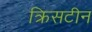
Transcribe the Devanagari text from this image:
क्रिसटीन